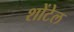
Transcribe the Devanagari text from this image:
शोंटेल